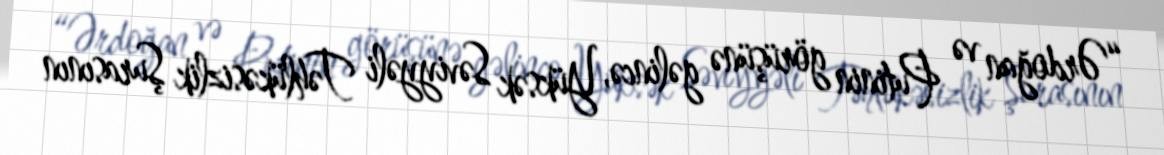
“Ərdoğan və Putinin görüşünə gəlincə, Yüksək Səviyyəli Təhlükəsizlik Şurasının